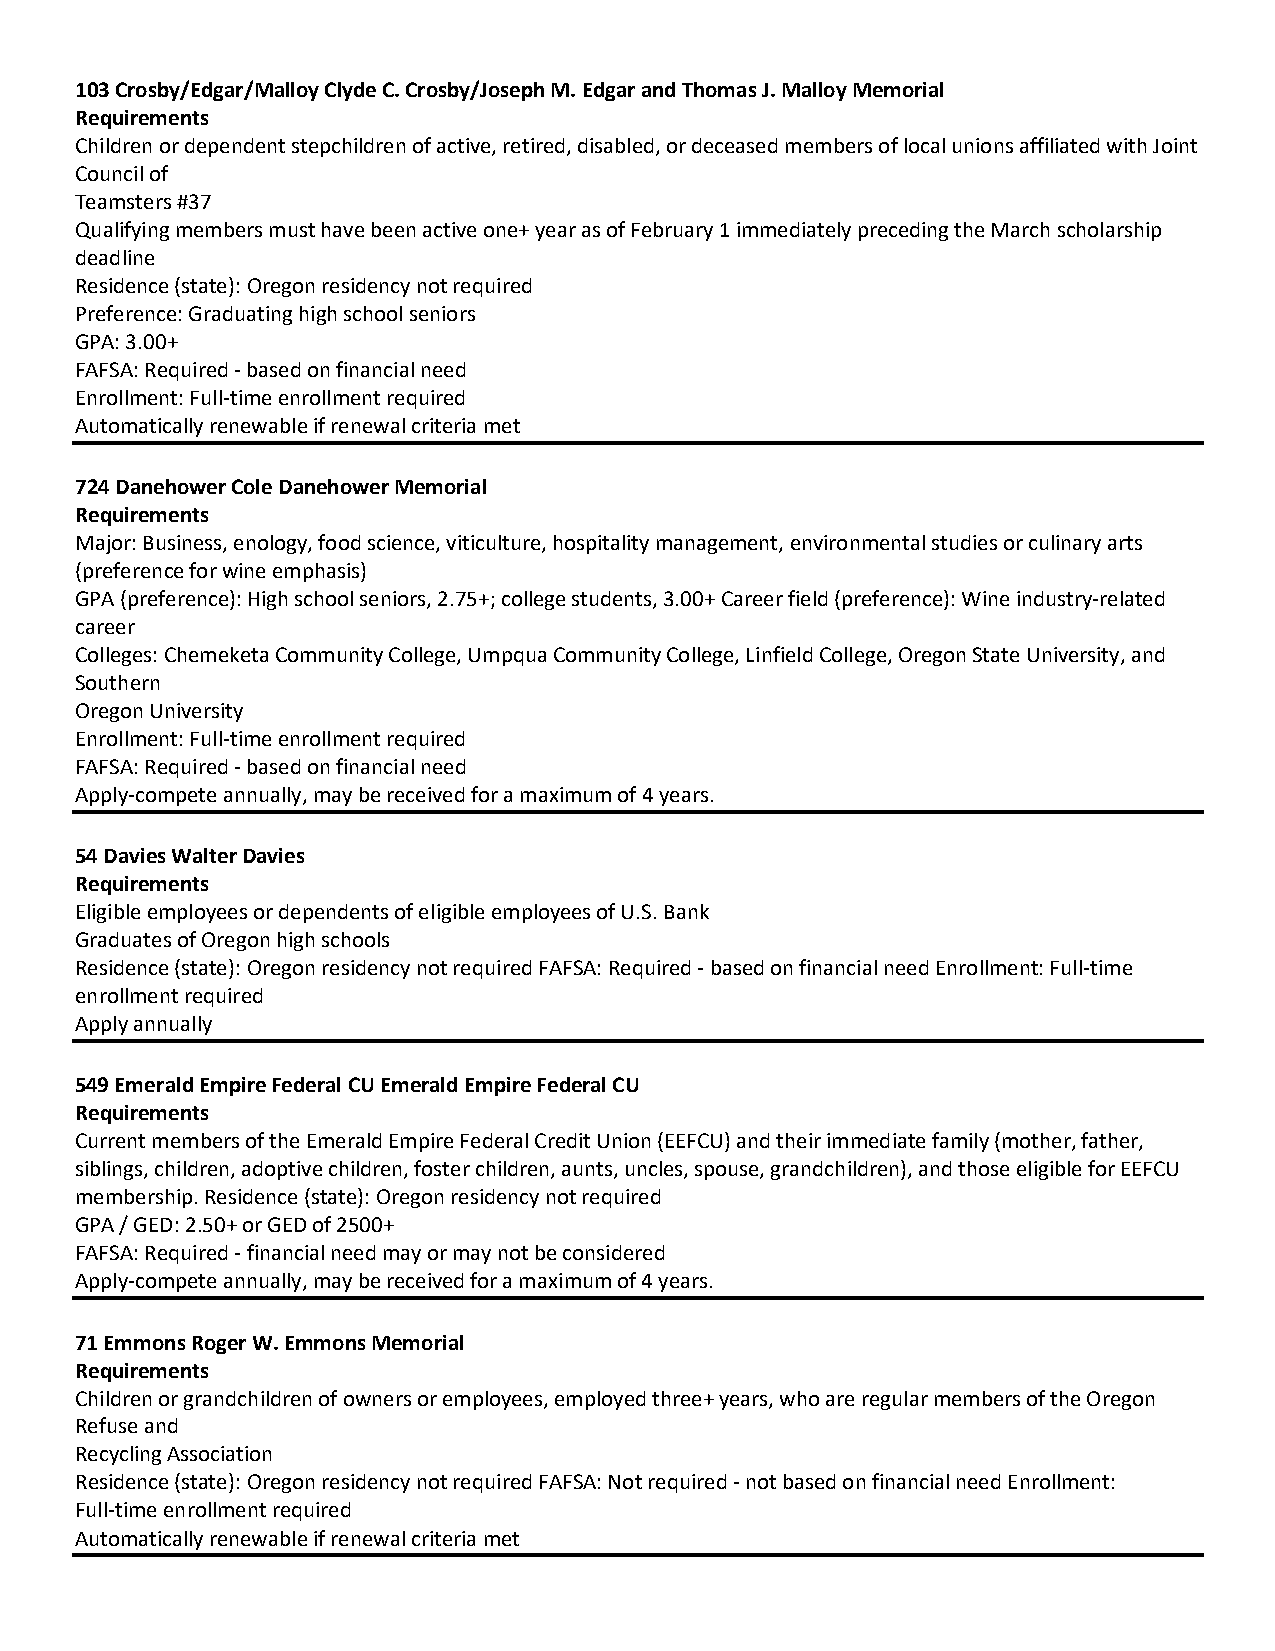
103 Crosby/Edgar/Malloy Clyde C. Crosby/Joseph M. Edgar and Thomas J. Malloy Memorial
 Requirements
 Children or dependent stepchildren of active, retired, disabled, or deceased members of local unions affiliated with Joint
 Council of
 Teamsters #37
 Qualifying members must have been active one+ year as of February 1 immediately preceding the March scholarship
 deadline
 Residence (state): Oregon residency not required
 Preference: Graduating high school seniors
 GPA: 3.00+
 FAFSA: Required based on financial need
 Enrollment: Full time enrollment required
 Automatically renewable if renewal criteria met
 724 Danehower Cole Danehower Memorial
 Requirements
 Major: Business, enology, food science, viticulture, hospitality management, environmental studies or culinary arts
 (preference for wine emphasis)
 GPA (preference): High school seniors, 2.75+; college students, 3.00+ Career field (preference): Wine industry­related
 career
 Colleges: Chemeketa Community College, Umpqua Community College, Linfield College, Oregon State University, and
 Southern
 Oregon University
 Enrollment: Full time enrollment required
 FAFSA: Required based on financial need
 Apply compete annually, may be received for a maximum of 4 years.
 54 Davies Walter Davies
 Requirements
 Eligible employees or dependents of eligible employees of U.S. Bank
 Graduates of Oregon high schools
 Residence (state): Oregon residency not required FAFSA: Required based on financial need Enrollment: Full time
 enrollment required
 Apply annually
 549 Emerald Empire Federal CU Emerald Empire Federal CU
 Requirements
 Current members of the Emerald Empire Federal Credit Union (EEFCU) and their immediate family (mother, father,
 siblings, children, adoptive children, foster children, aunts, uncles, spouse, grandchildren), and those eligible for EEFCU
 membership. Residence (state): Oregon residency not required
 GPA / GED: 2.50+ or GED of 2500+
 FAFSA: Required financial need may or may not be considered
 Apply compete annually, may be received for a maximum of 4 years.
 71 Emmons Roger W. Emmons Memorial
 Requirements
 Children or grandchildren of owners or employees, employed three+ years, who are regular members of the Oregon
 Refuse and
 Recycling Association
 Residence (state): Oregon residency not required FAFSA: Not required not based on financial need Enrollment:
 Full time enrollment required
 Automatically renewable if renewal criteria met